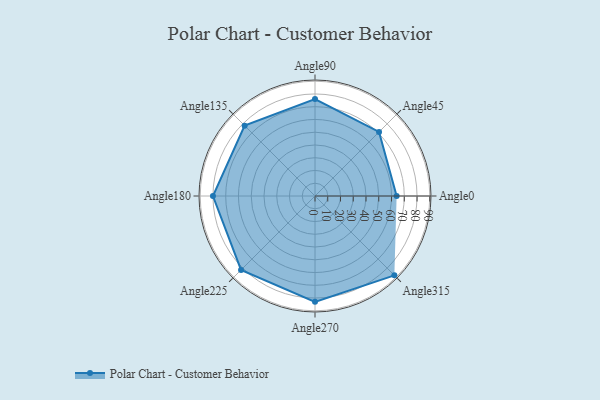
{"axis": {"x": "Angle", "y": "Radius"}, "legend": [""], "data": [{"x": "Angle0", "y": 64.0, "type": ""}, {"x": "Angle45", "y": 71.0, "type": ""}, {"x": "Angle90", "y": 76.0, "type": ""}, {"x": "Angle135", "y": 78.0, "type": ""}, {"x": "Angle180", "y": 80.0, "type": ""}, {"x": "Angle225", "y": 82.0, "type": ""}, {"x": "Angle270", "y": 83.0, "type": ""}, {"x": "Angle315", "y": 88.0, "type": ""}]}